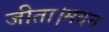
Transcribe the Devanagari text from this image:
जीता।मदन